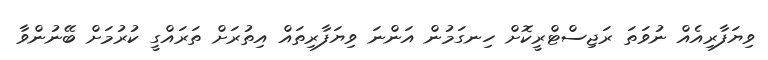
ވިޔަފާރިއެއް ނުވަތަ ރަޖިސްޓްރީކޮށް ހިނގަމުން އަންނަ ވިޔަފާރިތައް އިތުރަށް ތަރައްގީ ކުރުމަށް ބޭނުންވާ